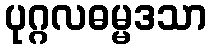
ပုဂ္ဂလဓမ္မဒသာ